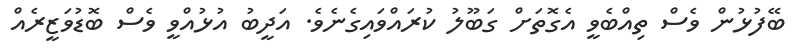
ބޭފުޅުން ވެސް ތިއްބެވީ އެގޮތަށް ގަބޫލު ކުރައްވައިގެނެވެ. އަދީބު އުޅުއްވީ ވެސް ބޮޑުވަޒީރެއް